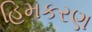
હિમકરણ